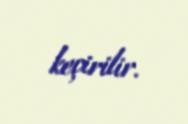
keçirilir.